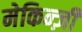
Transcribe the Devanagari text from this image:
मेकिन्ज़ी